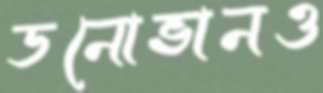
ডনোভানও